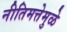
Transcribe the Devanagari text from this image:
नीतिमत्तेमुळे